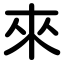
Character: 來